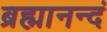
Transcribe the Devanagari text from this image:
ब्रह्मानन्दं